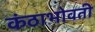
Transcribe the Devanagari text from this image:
कंठाभोवती